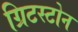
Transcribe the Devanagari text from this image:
ग्रिटस्टोन